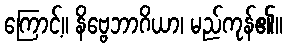
ကြောင့်။ နိဗ္ဗေဘာဂိယာ၊ မည်ကုန်၏။